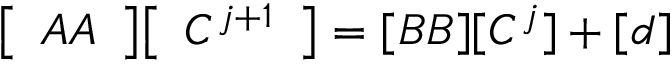
{ \left[ \begin{array} { l } { A A } \end{array} \right] } { \left[ \begin{array} { l } { C ^ { j + 1 } } \end{array} \right] } = [ B B ] [ C ^ { j } ] + [ d ]